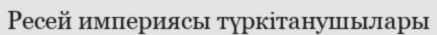
Ресей империясы түркітанушылары